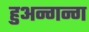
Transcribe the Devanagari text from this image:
हुअन्गन्ग